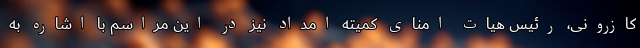
کازرونی، رئیس هیات امنای کمیته امداد نیز در این مراسم با اشاره به